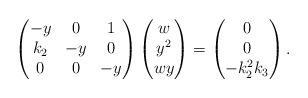
LaTeX: \begin{align*}\begin{pmatrix}-y & 0 & 1\\k_2 & -y & 0\\0 & 0 & - y\end{pmatrix}\begin{pmatrix}w \\ y^2\\ wy\end{pmatrix}=\begin{pmatrix}0 \\ 0\\ -k_2^2 k_3\end{pmatrix}.\end{align*}